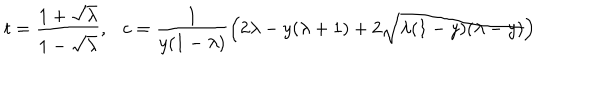
t = \frac { 1 + \sqrt { \lambda } } { 1 - \sqrt { \lambda } } , \ \ \ c = \frac { 1 } { y ( 1 - \lambda ) } \left( 2 \lambda - y ( \lambda + 1 ) + 2 \sqrt { \lambda ( 1 - y ) ( \lambda - y ) } \right)